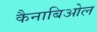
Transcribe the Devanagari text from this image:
कैनाबिओल